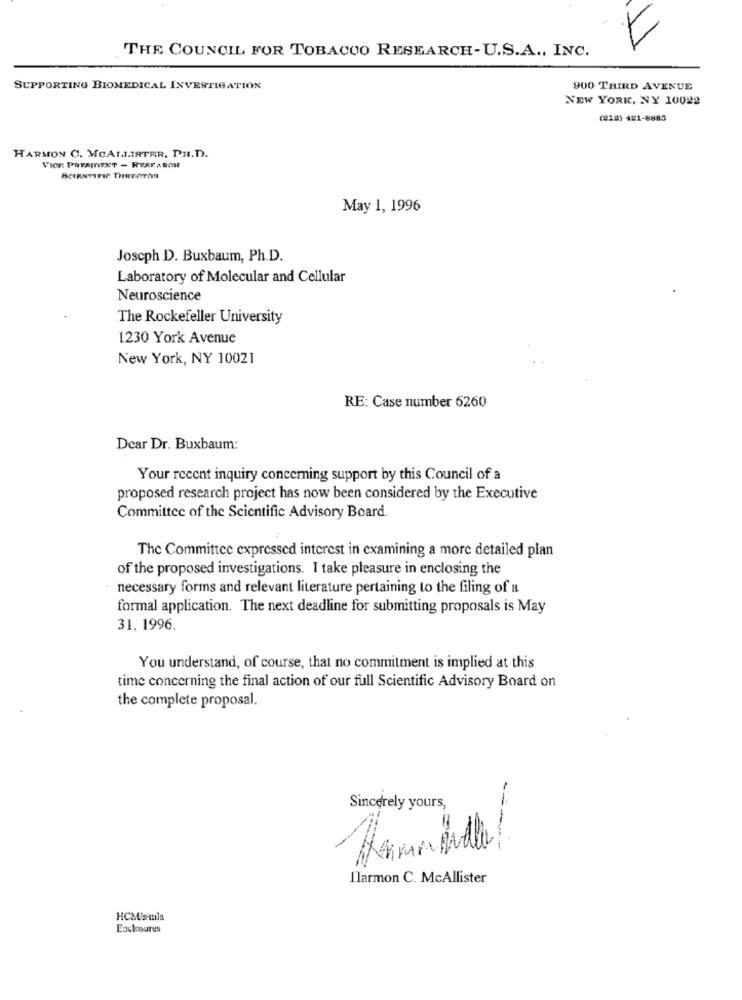
7
THE COUNCIL FOR TOBACCO RESEARCH-U.S.A ., INC.
SUPPORTING BIOMEDICAL INVESTIGATION
900 THIRD AVENUE
NEW YORK, NY 10022
(212) 421-8885
HARMON C. MCALLISTER, PH.D.
VICE PRESIDENT - RYAKARON
May 1, 1996
Joseph D. Buxbaum, Ph.D.
Laboratory of Molecular and Cellular
Neuroscience
The Rockefeller University
1230 York Avenue
New York, NY 10021
RE: Case number 6260
Dear Dr. Buxbaum:
Your recent inquiry concerning support by this Council of a
proposed research project has now been considered by the Executive
Committee of the Scientific Advisory Board.
The Committee expressed interest in examining a more detailed plan
of the proposed investigations. I take pleasure in enclosing the
necessary forms and relevant literature pertaining to the filing of a
formal application. The next deadline for submitting proposals is May
31. 1996.
You understand, of course, that no commitment is implied at this
time concerning the final action of our full Scientific Advisory Board on
the complete proposal.
Sincerely yours,
Ilarmon C. McAllister
HCM'smla
Enclosures